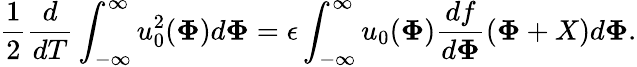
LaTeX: \frac{1}{2}\frac{d}{dT}\int_{-\infty}^{\infty}u_{0}^{2}(\mathbf{\Phi})d\mathbf{\Phi}=\epsilon\int_{-\infty}^{\infty}u_{0}(\mathbf{\Phi})\frac{df}{d\mathbf{\Phi}}(\mathbf{\Phi}+X)d\mathbf{\Phi}.